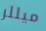
ميللر